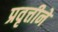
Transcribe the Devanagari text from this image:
प्रवृत्तीने